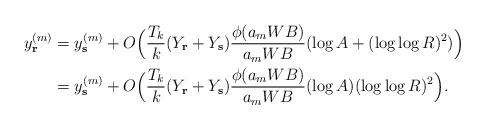
LaTeX: \begin{align*}y_{\mathbf{r}}^{(m)}&=y_{\mathbf{s}}^{(m)}+O\Bigl( \frac{T_k}{k} (Y_{\mathbf{r}}+Y_{\mathbf{s}})\frac{\phi(a_m W B)}{a_m W B}(\log{A}+(\log\log{R})^2)\Bigr)\\&=y_{\mathbf{s}}^{(m)}+O\Bigl(\frac{T_k}{k} (Y_{\mathbf{r}}+Y_{\mathbf{s}})\frac{\phi(a_m W B)}{a_m W B}(\log{A})(\log\log{R})^2\Bigr).\end{align*}